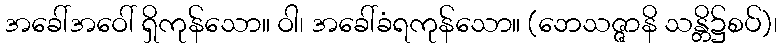
အခေါ်အဝေါ် ရှိကုန်သော။ ဝါ၊ အခေါ်ခံရကုန်သော။ (ဘေသဇ္ဇာနိ သန္တိ၌စပ်)၊